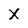
Character: X